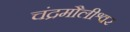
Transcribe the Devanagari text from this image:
चंद्रमौलीश्वर